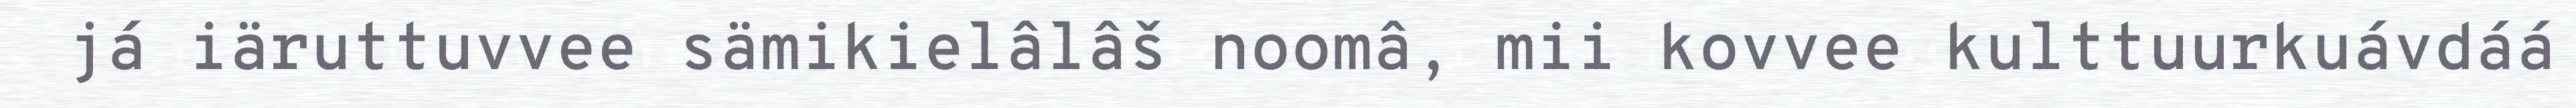
já iäruttuvvee sämikielâlâš noomâ, mii kovvee kulttuurkuávdáá